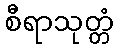
စီရာသုတ္တံ